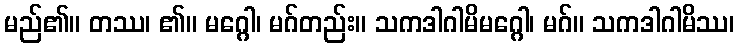
မည်၏။ တဿ၊ ၏။ မဂ္ဂေါ၊ မဂ်တည်း။ သကဒါဂါမိမဂ္ဂေါ၊ မဂ်။ သကဒါဂါမိဿ၊